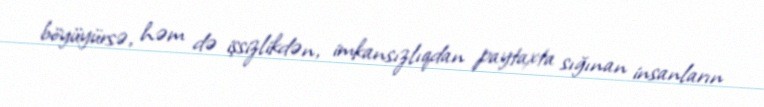
böyüyürsə, həm də işsizlikdən, imkansızlıqdan paytaxta sığınan insanların